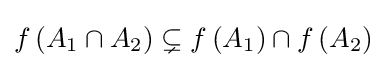
f\left(A_{1}\cap A_{2}\right)\subsetneq f\left(A_{1}\right)\cap f\left(A_{2}\right)